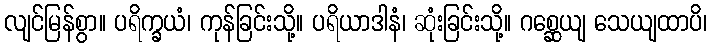
လျင်မြန်စွာ။ ပရိက္ခယံ၊ ကုန်ခြင်းသို့။ ပရိယာဒါနံ၊ ဆုံးခြင်းသို့။ ဂစ္ဆေယျ သေယျထာပိ၊